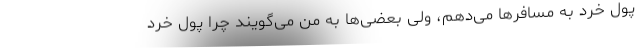
پول خرد به مسافرها می‌دهم، ولی بعضی‌ها به من می‌گویند چرا پول خرد